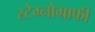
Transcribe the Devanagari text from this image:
स्टेग्नोग्राफी